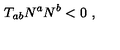
T _ { a b } N ^ { a } N ^ { b } < 0 \ ,